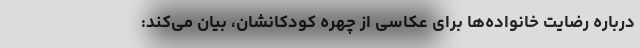
درباره رضایت خانواده‌ها برای عکاسی از چهره کودکانشان، بیان می‌کند: